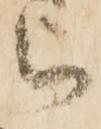
被